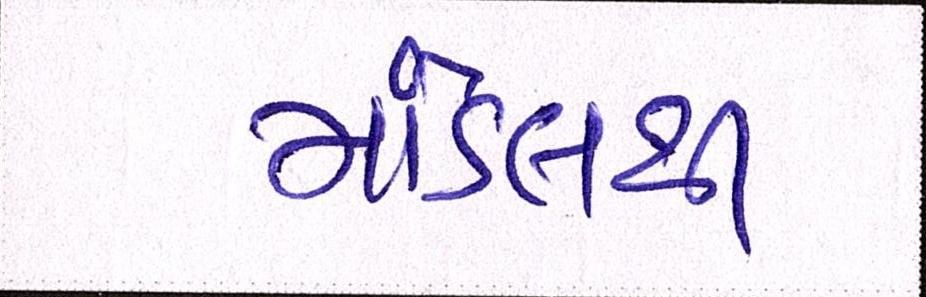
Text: માંડલથી